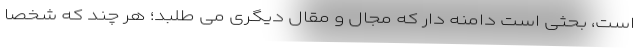
است، بحثی است دامنه دار که مجال و مقال دیگری می طلبد؛ هر چند که شخصاً